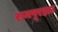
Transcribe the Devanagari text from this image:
रामपूरहाट